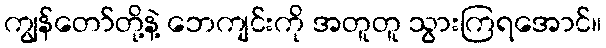
ကျွန်တော်တို့နဲ့ ဘေကျင်းကို အတူတူ သွားကြရအောင်။